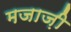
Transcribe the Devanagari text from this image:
मजाज़ी